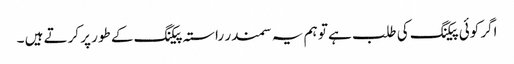
اگر کوئی پیکنگ کی طلب ہے تو ہم یہ سمندر راستہ پیکنگ کے طور پر کرتے ہیں ۔